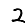
Digit: 2